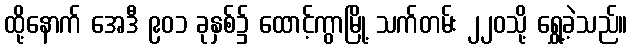
ထို့နောက် အေဒီ ၉၀၁ ခုနှစ်၌ ထောင့်ကွာမြို့ သက်တမ်း ၂၂၀သို့ ရွှေ့ခဲ့သည်။